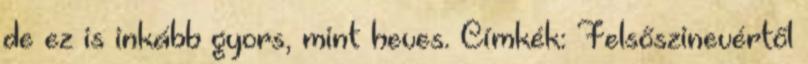
de ez is inkább gyors, mint heves. Címkék: Felsőszinevértől